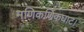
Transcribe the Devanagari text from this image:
मणिकर्णिकघाट।